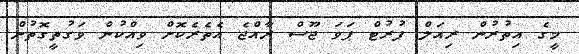
މީގެ އިތުރުން ރިއަލް ފުރުޓް ޕަވަ ޖޫސް ރާއްޖެ އެތެރެކޮށް ވިއްކުން ވަގުތީގޮތުން